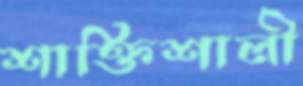
শাক্তিশালী